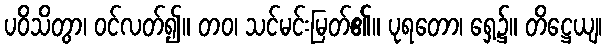
ပဝိသိတွာ၊ ဝင်လတ်၍။ တဝ၊ သင်မင်းမြတ်၏။ ပုရတော၊ ရှေ့၌။ တိဋ္ဌေယျ၊